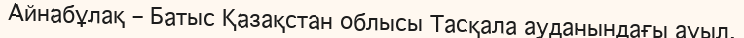
Айнабұлақ – Батыс Қазақстан облысы Тасқала ауданындағы ауыл.